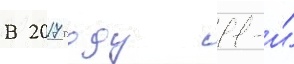
В 2017 году 11-и́